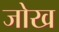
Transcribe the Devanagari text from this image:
जोख